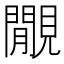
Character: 覵